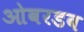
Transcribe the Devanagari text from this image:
ओवरडब